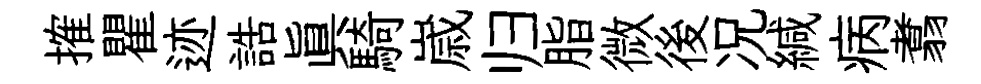
搉瞿迹誥真騎𡻕归脂微後况緘病翥